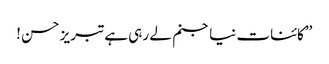
’’کائنات نیا جنم لے رہی ہے تبریز حسن !